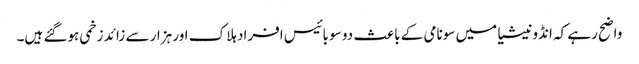
واضح رہے کہ انڈونیشیا میں سونامی کے باعث دو سو بائیس افراد ہلاک اور ہزار سے زائد زخمی ہوگئے ہیں۔